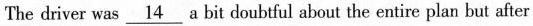
The driver was \underline{14} a hit doubtful about the entire plan but after